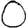
Digit: 0